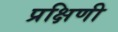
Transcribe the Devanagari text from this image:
प्रक्षिणी